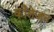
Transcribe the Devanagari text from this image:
कौलेजन